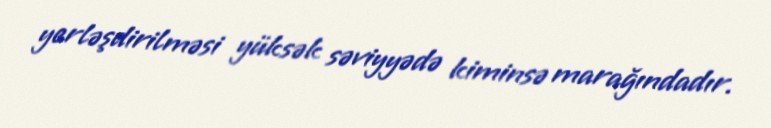
yerləşdirilməsi yüksək səviyyədə kiminsə marağındadır.